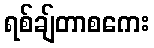
ရစ်ချ်တာစကေး